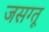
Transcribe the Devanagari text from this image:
जसग्तू